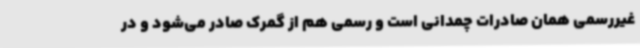
غیررسمی همان صادرات چمدانی است و رسمی هم از گمرک صادر می‌شود و در